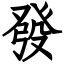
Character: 發